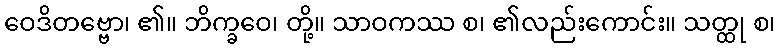
ဝေဒိတဗ္ဗော၊ ၏။ ဘိက္ခဝေ၊ တို့။ သာဝကဿ စ၊ ၏လည်းကောင်း။ သတ္ထု စ၊